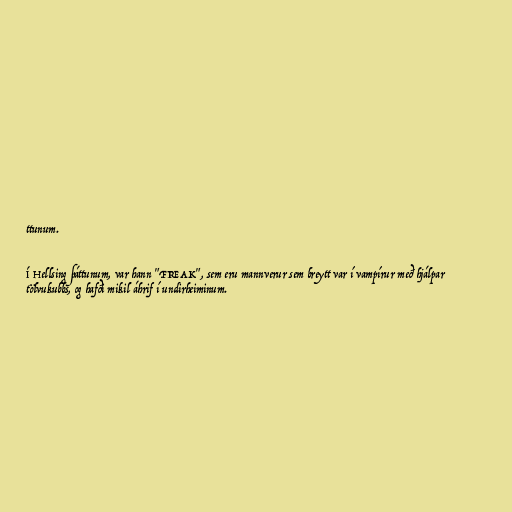
ttunum.

Í Hellsing þáttunum, var hann "FREAK", sem eru mannverur sem breytt var í vampírur með hjálpar
tölvukubbs, og hafði mikil áhrif í undirheiminum.